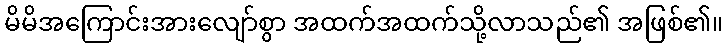
မိမိအကြောင်းအားလျော်စွာ အထက်အထက်သို့လာသည်၏ အဖြစ်၏။